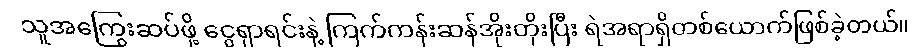
သူအကြွေးဆပ်ဖို့ ငွေရှာရင်းနဲ့ ကြက်ကန်းဆန်အိုးတိုးပြီး ရဲအရာရှိတစ်ယောက်ဖြစ်ခဲ့တယ်။